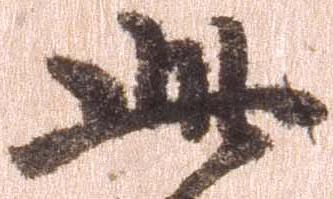
此